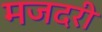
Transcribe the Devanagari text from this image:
मजदरी